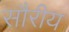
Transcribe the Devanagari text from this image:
सौरीय